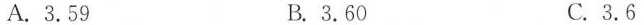
A.3.59 B.3.60 C.3.6